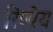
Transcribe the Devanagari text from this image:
रिप्पेय